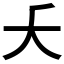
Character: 𫯛